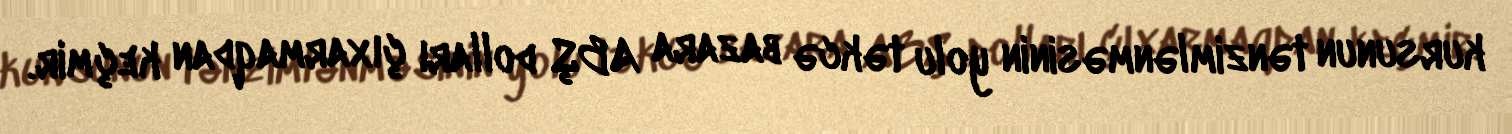
kursunun tənzimlənməsinin yolu təkcə bazara ABŞ dolları çıxarmaqdan keçmir.